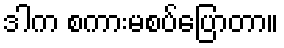
ဒါက စကားမစပ်ပြောတာ။